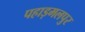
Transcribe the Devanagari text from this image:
पहाड़मलपुर